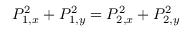
P _ { 1 , x } ^ { 2 } + P _ { 1 , y } ^ { 2 } = P _ { 2 , x } ^ { 2 } + P _ { 2 , y } ^ { 2 }